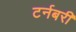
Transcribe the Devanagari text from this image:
टर्नबरी